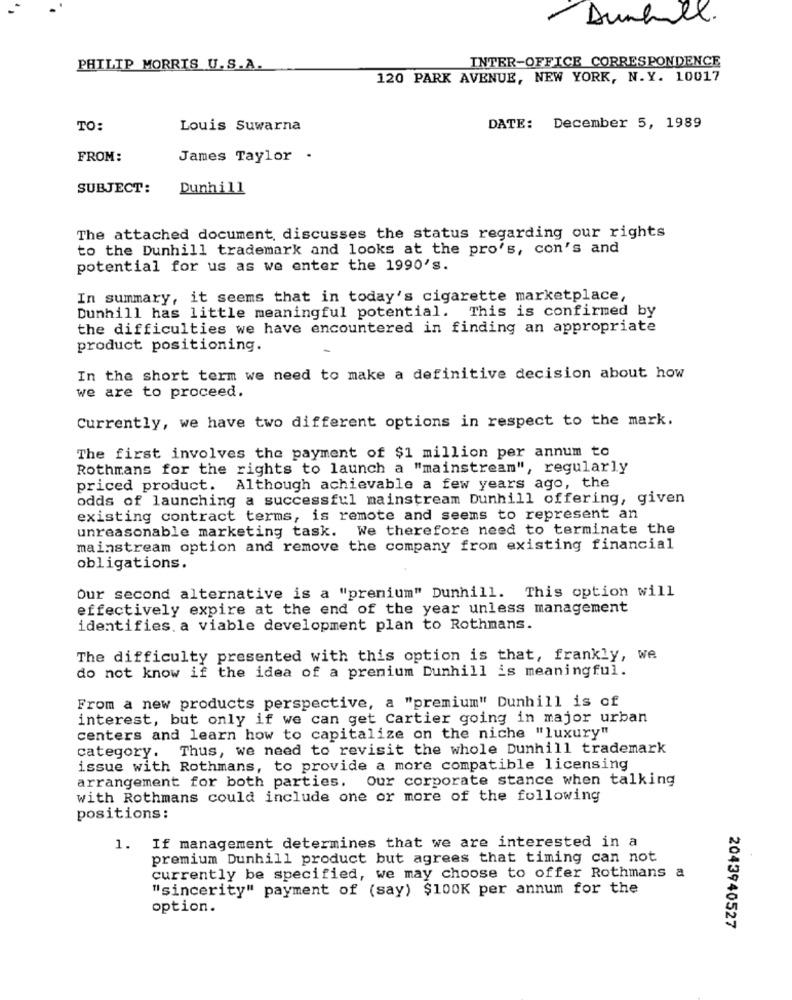
Dunhill.
INTER-OFFICE CORRESPONDENCE
PHILIP MORRIS U.S.A.
120 PARK AVENUE, NEW YORK, N.Y. 10017
TO:
Louis Suwarna
DATE: December 5, 1989
FROM:
James Taylor -
SUBJECT:
Dunhill
The attached document, discusses the status regarding our rights
to the Dunhill trademark and looks at the pro's, con's and
potential for us as we enter the 1990's.
In summary, it seems that in today's cigarette marketplace,
Dunhill has little meaningful potential. This is confirmed by
the difficulties we have encountered in finding an appropriate
product positioning.
In the short term we need to make a definitive decision about how
we are to proceed.
Currently, we have two different options in respect to the mark.
The first involves the payment of $1 million per annum to
Rothmans for the rights to launch a "mainstream", regularly
priced product. Although achievable a few years ago, the
odds of launching a successful mainstream Dunhill offering, given
existing contract terms, is remote and seems to represent an
unreasonable marketing task. We therefore need to terminate the
mainstream option and remove the company from existing financial
obligations.
Our second alternative is a "premium" Dunhill. This option will
effectively expire at the end of the year unless management
identifies. a viable development plan to Rothmans.
The difficulty presented with this option is that, frankly, we
do not know if the idea of a prenium Dunhill is meaningful.
From a new products perspective, a "premium" Dunhill is of
interest, but only if we can get Cartier going in major urban
centers and learn how to capitalize on the niche "luxury"
category. Thus, we need to revisit the whole Dunhill trademark
issue with Rothmans, to provide a more compatible licensing
arrangement for both parties. Our corporate stance when talking
with Rothmans could include one or more of the following
positions:
1. If management determines that we are interested in a
premium Dunhill product but agrees that timing can not
currently be specified, we may choose to offer Rothmans a
"sincerity" payment of (say) $100K per annum for the
option.
2043940527